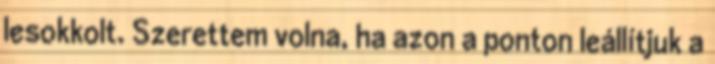
lesokkolt. Szerettem volna, ha azon a ponton leállítjuk a